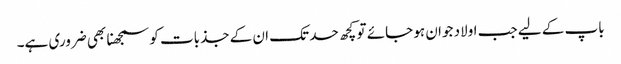
باپ کے لیے جب اولاد جوان ہو جائے تو کچھ حد تک ان کے جذبات کو سمجھنا بھی ضروری ہے۔